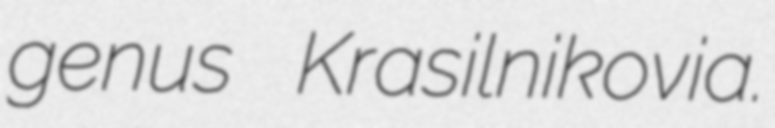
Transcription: genus Krasilnikovia.